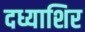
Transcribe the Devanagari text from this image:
दध्याशिर